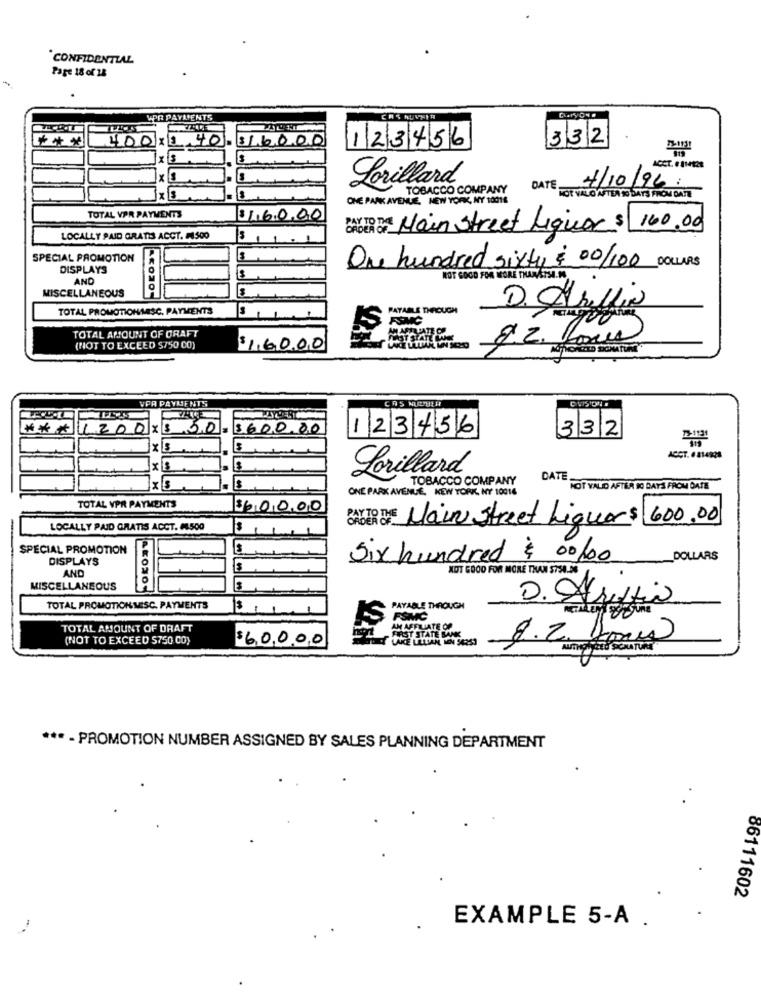
CONFIDENTIAL
Page 18 of 18
GaryOne
UPR PAYMENTS
** *
400 x 1.40
316000
123456
332
ACCT. E BMt2R
Lorillard
TOBACCO COMPANY
DATE
4/10/96:
ONE PARK AVENUE, NEW YORK, NY 10016
HOR VALO AFTEN K DAYS FROM DATE
TOTAL VPR PAYMENTS
116000
DAGER De Main Street Liquor $ 160.00
LOCALLY PAID GRATIS ACCT. #1500
SPECIAL PROMOTION
DISPLAYS
One hundred sixty $ 00/100 DOLLARS
AND
NOT GOOD FOR MORE THANETSA.
MISCELLANEOUS
TOTAL PROMOTIONAESC, PAYMENTS
PAYABLE
D. Hreffix
TOTAL AMOUNT OF DRAFT
8.2. Roues
(NOT TO EXCEED $750 00)
$16000
VPA PAYMENTS
CAS NULSULH
1200 X3 30
3600.00
123456
332
xs
ACCT. 6 814124
Lorillard
TOBACCO COMPANY
DATE
NOT VALID AFTER I DAYS FROM DATE
ONE PARK AVENUE, NEW YORK, NY 10016
TOTAL VPR PAYMENTS
340000
LOCALLY PAID GRATIS ACCT. 48500
CANCER BMF Main Street Liguer$ 600.00
SPECIAL PROMOTION
DISPLAYS
Six hundred $ 00100
DOLLARS
AND
NOT GOOD FOR MORE THAN 5754.56
MISCELLANEOUS
D. Struffin
TOTAL PROMOTIONMISC. PAYMENTS
PAYABLE THROUGH
FSMIC
TOTAL AMOUNT OF DRAFT
AM METLIATE OF
FIRST STATE BANK
(NOT TO EXCEED S750 CO)
$60000
LAKE TILIAN, MEN 54253
8.2. 20
*** - PROMOTION NUMBER ASSIGNED BY SALES PLANNING DEPARTMENT
86111602
EXAMPLE 5-A .